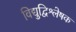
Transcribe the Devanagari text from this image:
विद्युद्विश्लेषक